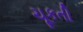
ચૂકતી